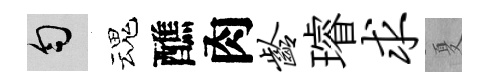
匀魂醮肉龄璿求夏